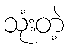
သုံးတဲ့